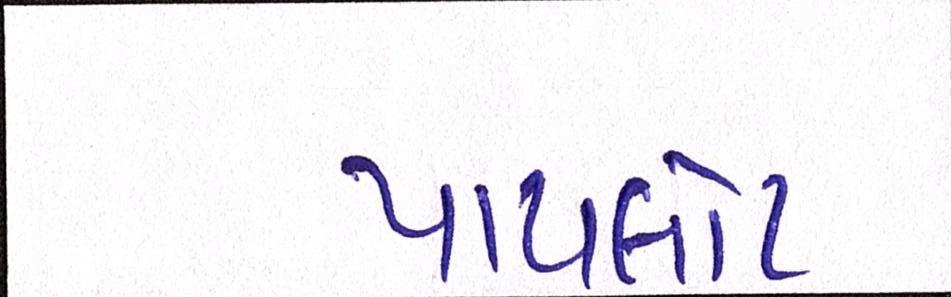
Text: પાયલોટ